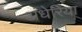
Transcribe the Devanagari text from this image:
अंधेरिया